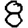
Digit: 8